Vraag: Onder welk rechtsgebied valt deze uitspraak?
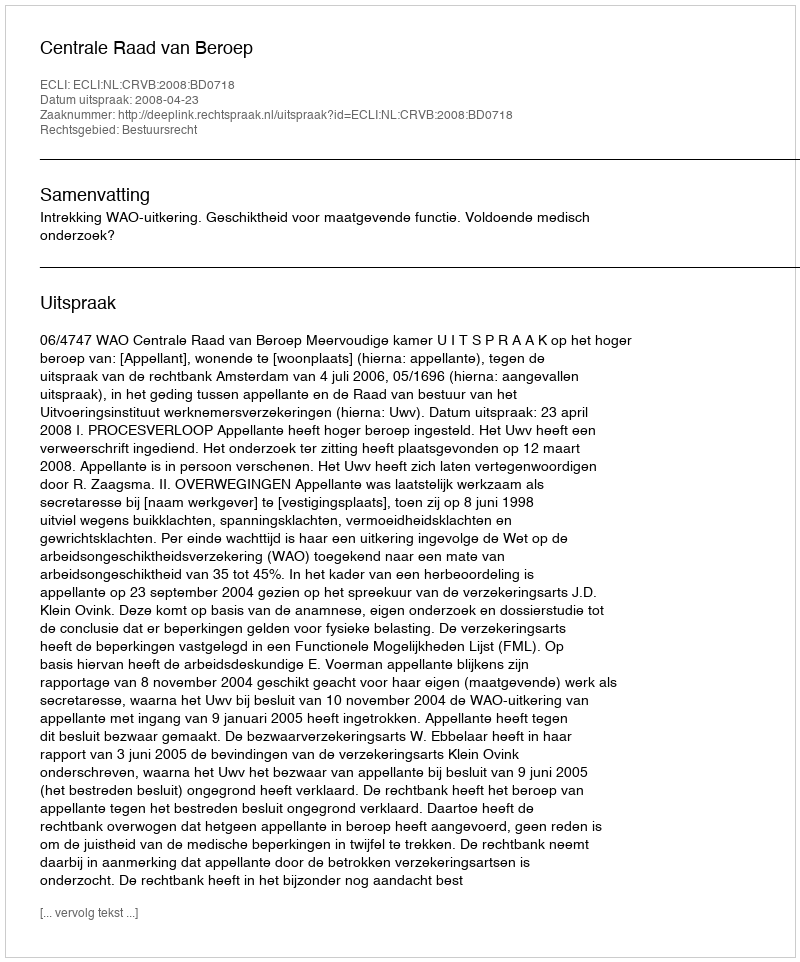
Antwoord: Bestuursrecht